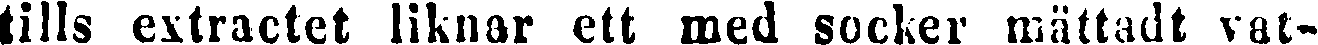
tills extractet liknar ett med socker mättadt vat-